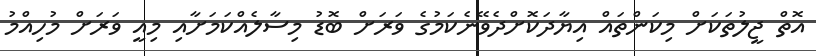
އޮތް ޖީލުތަކަށް މިކަންތައް އިޔާދަކޮށްދެވޭނެކަމުގެ ވަރަށް ބޮޑު މިސާލެއްކަމަށާއި މިއީ ވަރަށް މުހިއްމު